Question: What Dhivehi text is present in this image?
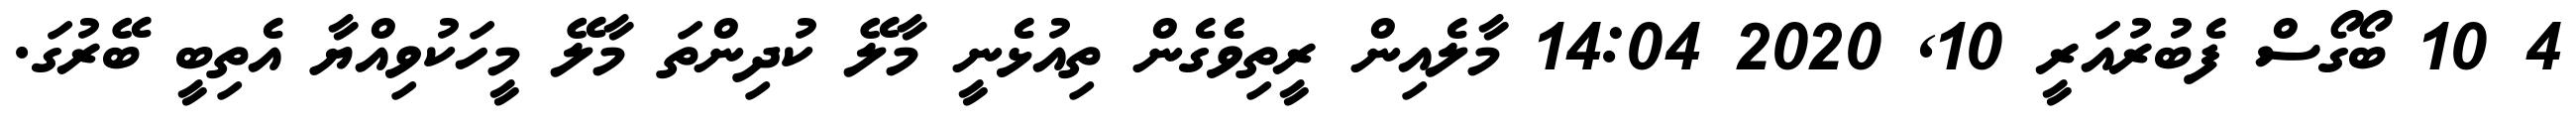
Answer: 4 10 ބޯގޯސް ފެބުރުއަރީ 10, 2020 14:04 މާލެއިން ރީތިވެެގެން ތިއުޅެނީ މާލޭ ކުދިންތަ މާލޭ މީހަކުވިއްޔާ އެތިބީ ބޭރުގަ.